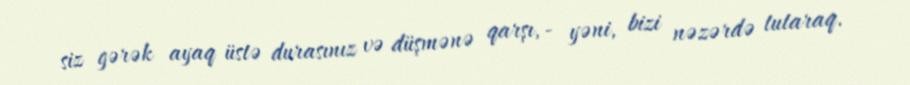
siz gərək ayaq üstə durasınız və düşmənə qarşı, - yəni, bizi nəzərdə tutaraq.